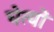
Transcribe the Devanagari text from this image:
चेत्यों